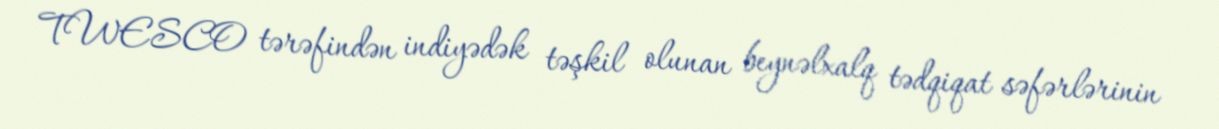
TWESCO tərəfindən indiyədək təşkil olunan beynəlxalq tədqiqat səfərlərinin